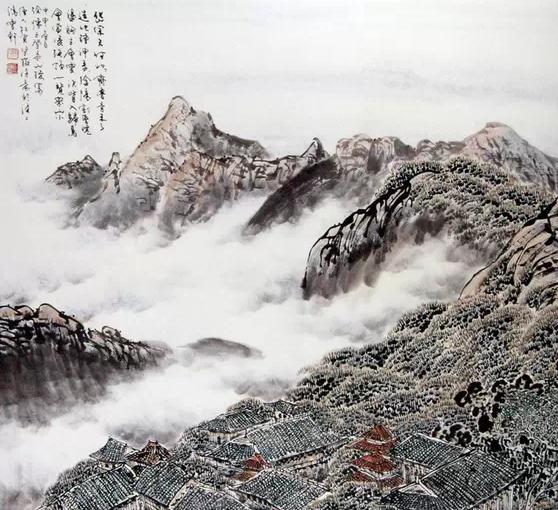
造化钟神秀，阴阳割昏晓。